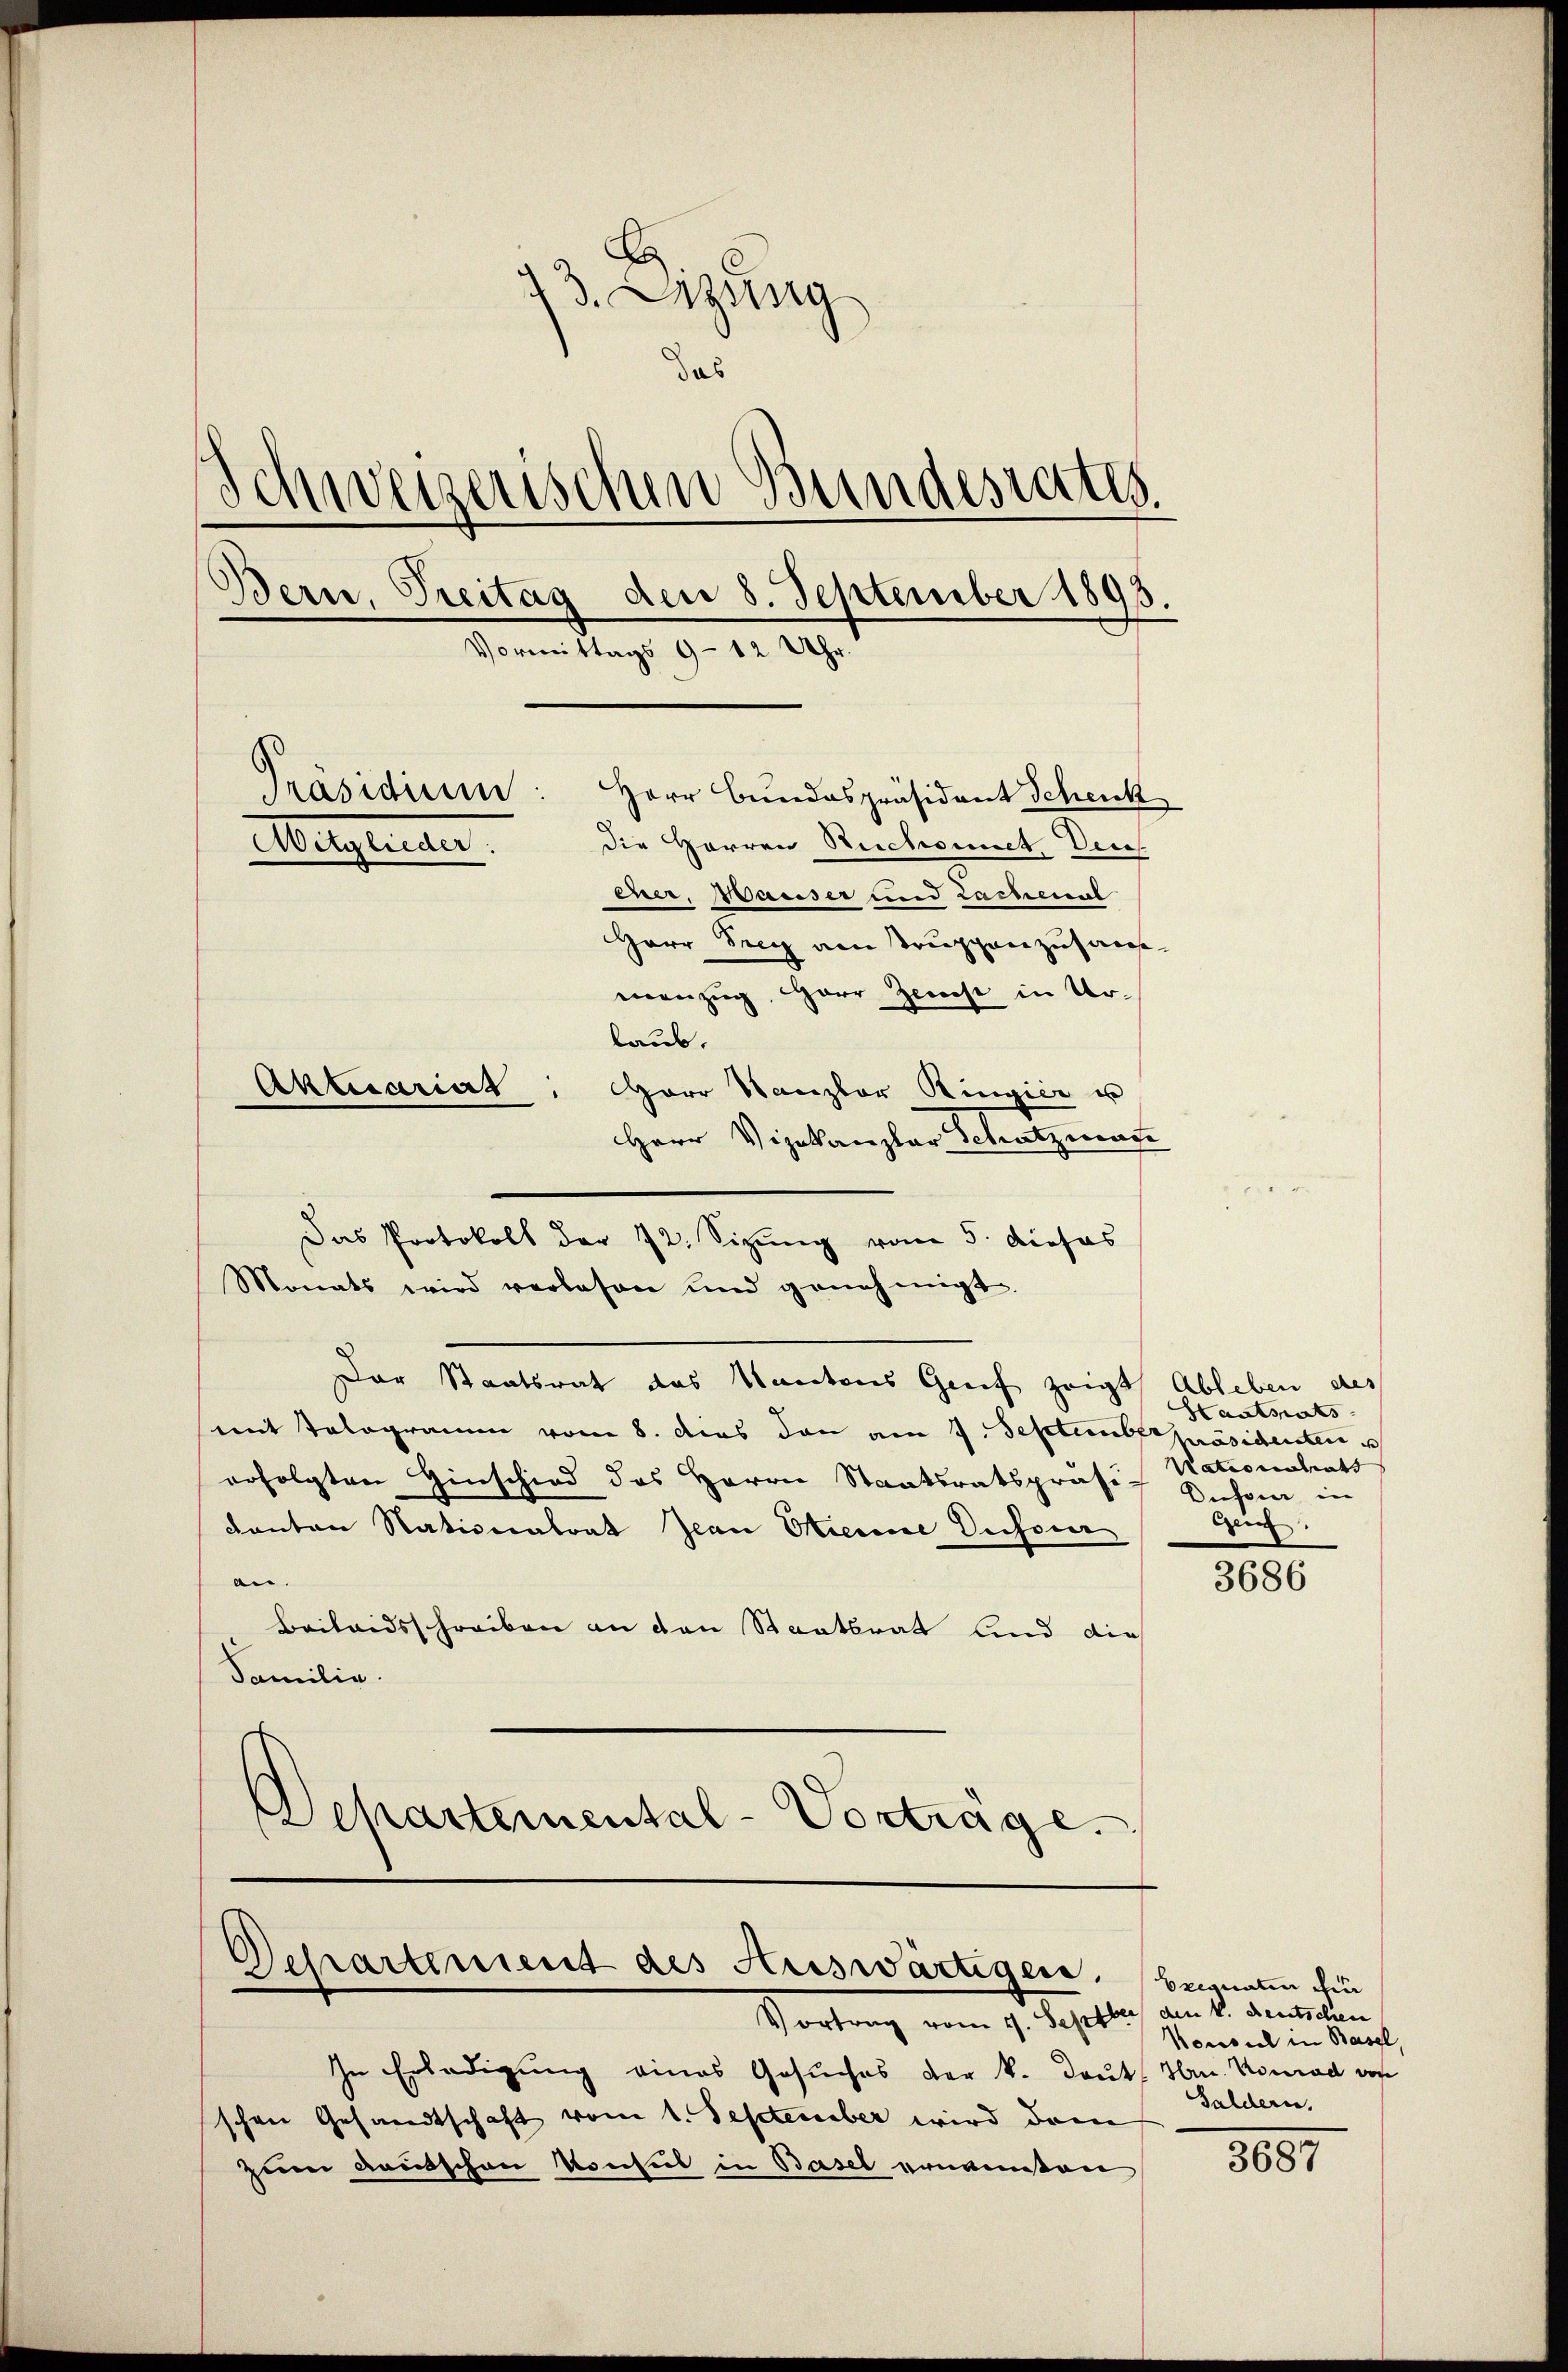
d
13. Azura
d
das
Schweizerischen Bundesrates.
Bern, Treitag den 8. September 1893.
Vormittags 9 - 12 Uhr.
Präsidium. Herr Bundespräsident Schenk
Mirgenden.
die Herren Reichsmet. Dece
cner, Wasser und Lachenal
Herr Frey am Truppenzusameanzug, Herr Zerst in Ur-
laub.
Aktuariat
" Herr Stanzler Ringier u

Herr Vizekanzlar Schatzmate
Das Protokoll der 12. Sizung vom 5. dieses
Monats wird verlesen und genehmigt.
Der Staatswart das Kantons Genf zeigt Ableben des
mit Telegramm vom 8. dies den am 7. September präsidenten
erfolgten Hinschied des Herrn Staatsratspräsig Sichen in
kanton Nationalrat Jean Pierine Sichen
an.
Beilandsschreiben an den Staatsrat sind die
Familie.
Schartemental-Vortrage.

Departement des Auswärtigen.
Vortrag vom 1. Septbr den k. deutschen

In Erledigung eines Gesuches der k. Danks Hrn. Konrad von
schen Gesandtschaft vom 1. September wird dem
zum Kautschen Konsul in Basel ernannten

Hantsrats
Nationalrats
Geich

3686

Erignaten für
Konsul in Basel,
Galdern.

5657